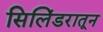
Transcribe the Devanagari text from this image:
सिलिंडरातून